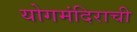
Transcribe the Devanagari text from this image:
योगमंदिराची